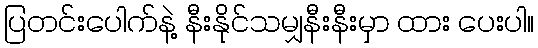
ပြတင်းပေါက်နဲ့ နီးနိုင်သမျှနီးနီးမှာ ထား ပေးပါ။